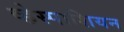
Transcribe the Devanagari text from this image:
व्हेस्पाशियन